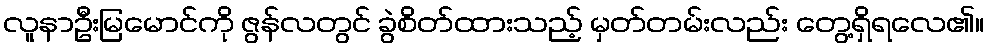
လူနာဦးမြမောင်ကို ဇွန်လတွင် ခွဲစိတ်ထားသည့် မှတ်တမ်းလည်း တွေ့ရှိရလေ၏။